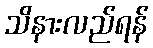
သိနားလည်ရန်